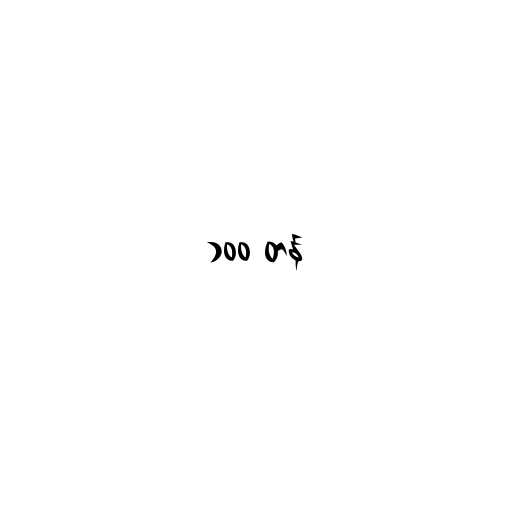
၁၀၀ တန်